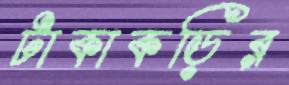
টাকাকড়ির